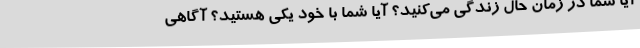
آیا شما در زمان حال زندگی می‌کنید؟ آیا شما با خود یکی هستید؟ آگاهی